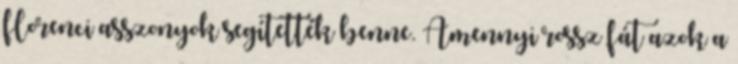
florenci asszonyok segítették benne. Amennyi rossz fát azok a